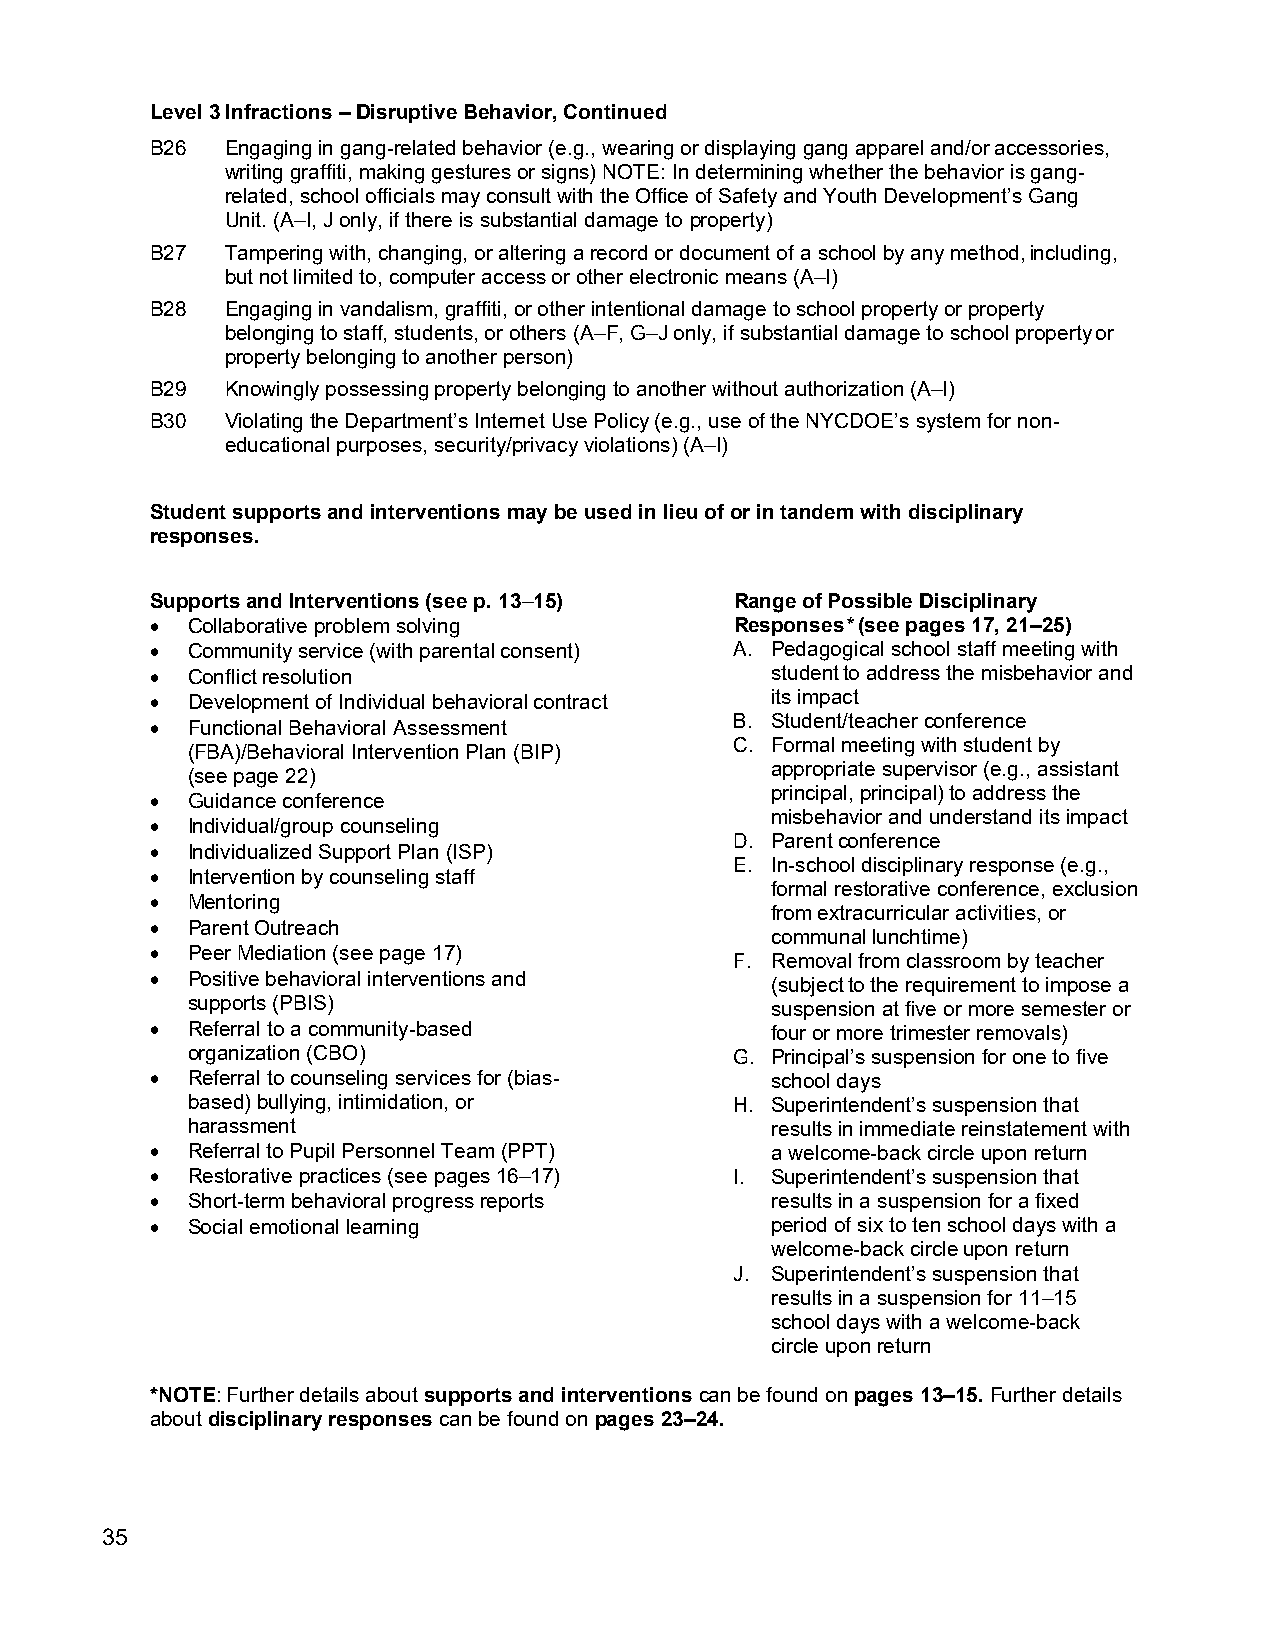
Level 3 Infractions – Disruptive Behavior, Continued
 B26  Engaging in gang-related behavior (e.g., wearing or displaying gang apparel and/or accessories,
 writing graffiti, making gestures or signs) NOTE: In determining whether the behavior is gang-
 related, school officials may consult with the Office of Safety and Youth Development’s Gang
 Unit. (A–I, J only, if there is substantial damage to property)
 B27  Tampering with, changing, or altering a record or document of a school by any method, including,
 but not limited to, computer access or other electronic means (A–I)
 B28  Engaging in vandalism, graffiti, or other intentional damage to school property or property
 belonging to staff, students, or others (A–F, G–J only, if substantial damage to school property or
 property belonging to another person)
 B29  Knowingly possessing property belonging to another without authorization (A–I)
 B30  Violating the Department’s Internet Use Policy (e.g., use of the NYCDOE’s system for non-
 educational purposes, security/privacy violations) (A–I)
 Student supports and interventions may be used in lieu of or in tandem with disciplinary
 responses.
 Supports and Interventions (see p. 13–15) Range of Possible Disciplinary
 • Collaborative problem solving        Responses* (see pages 17, 21–25)
 • Community service (with parental consent) A. Pedagogical school staff meeting with
 • Conflict resolution                    student to address the misbehavior and
 • Development of Individual behavioral contract its impact
 B. Student/teacher conference
 • Functional Behavioral Assessment
 C. Formal meeting with student by
 (FBA)/Behavioral Intervention Plan (BIP)
 appropriate supervisor (e.g., assistant
 (see page 22)
 principal, principal) to address the
 • Guidance conference
 misbehavior and understand its impact
 • Individual/group counseling
 D. Parent conference
 • Individualized Support Plan (ISP)
 E. In-school disciplinary response (e.g.,
 • Intervention by counseling staff
 formal restorative conference, exclusion
 • Mentoring
 from extracurricular activities, or
 • Parent Outreach
 communal lunchtime)
 • Peer Mediation (see page 17)
 F. Removal from classroom by teacher
 • Positive behavioral interventions and  (subject to the requirement to impose a
 supports (PBIS)                        suspension at five or more semester or
 • Referral to a community-based          four or more trimester removals)
 organization (CBO)                   G. Principal’s suspension for one to five
 • Referral to counseling services for (bias- school days
 based) bullying, intimidation, or    H. Superintendent’s suspension that
 harassment                             results in immediate reinstatement with
 • Referral to Pupil Personnel Team (PPT) a welcome-back circle upon return
 • Restorative practices (see pages 16–17) I. Superintendent’s suspension that
 • Short-term behavioral progress reports results in a suspension for a fixed
 • Social emotional learning              period of six to ten school days with a
 welcome-back circle upon return
 J. Superintendent’s suspension that
 results in a suspension for 11–15
 school days with a welcome-back
 circle upon return
 *NOTE: Further details about supports and interventions can be found on pages 13–15. Further details
 about disciplinary responses can be found on pages 23–24.
 35